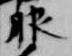
服